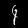
Digit: 4